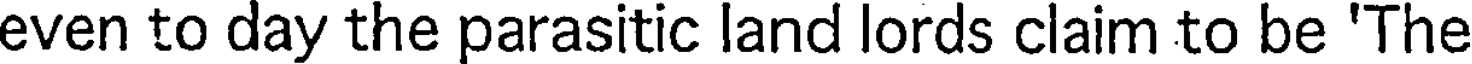
even to day the parasitic land lords claim to be 'The